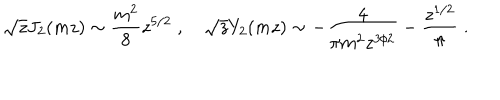
\sqrt { z } J _ { 2 } ( m z ) \sim { \frac { m ^ { 2 } } { 8 } } z ^ { 5 / 2 } \; , ~ \sqrt { z } Y _ { 2 } ( m z ) \sim - { \frac { 4 } { \pi m ^ { 2 } z ^ { 3 / 2 } } } - { \frac { z ^ { 1 / 2 } } { \pi } } \; .